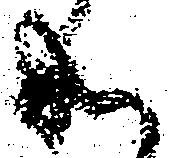
成